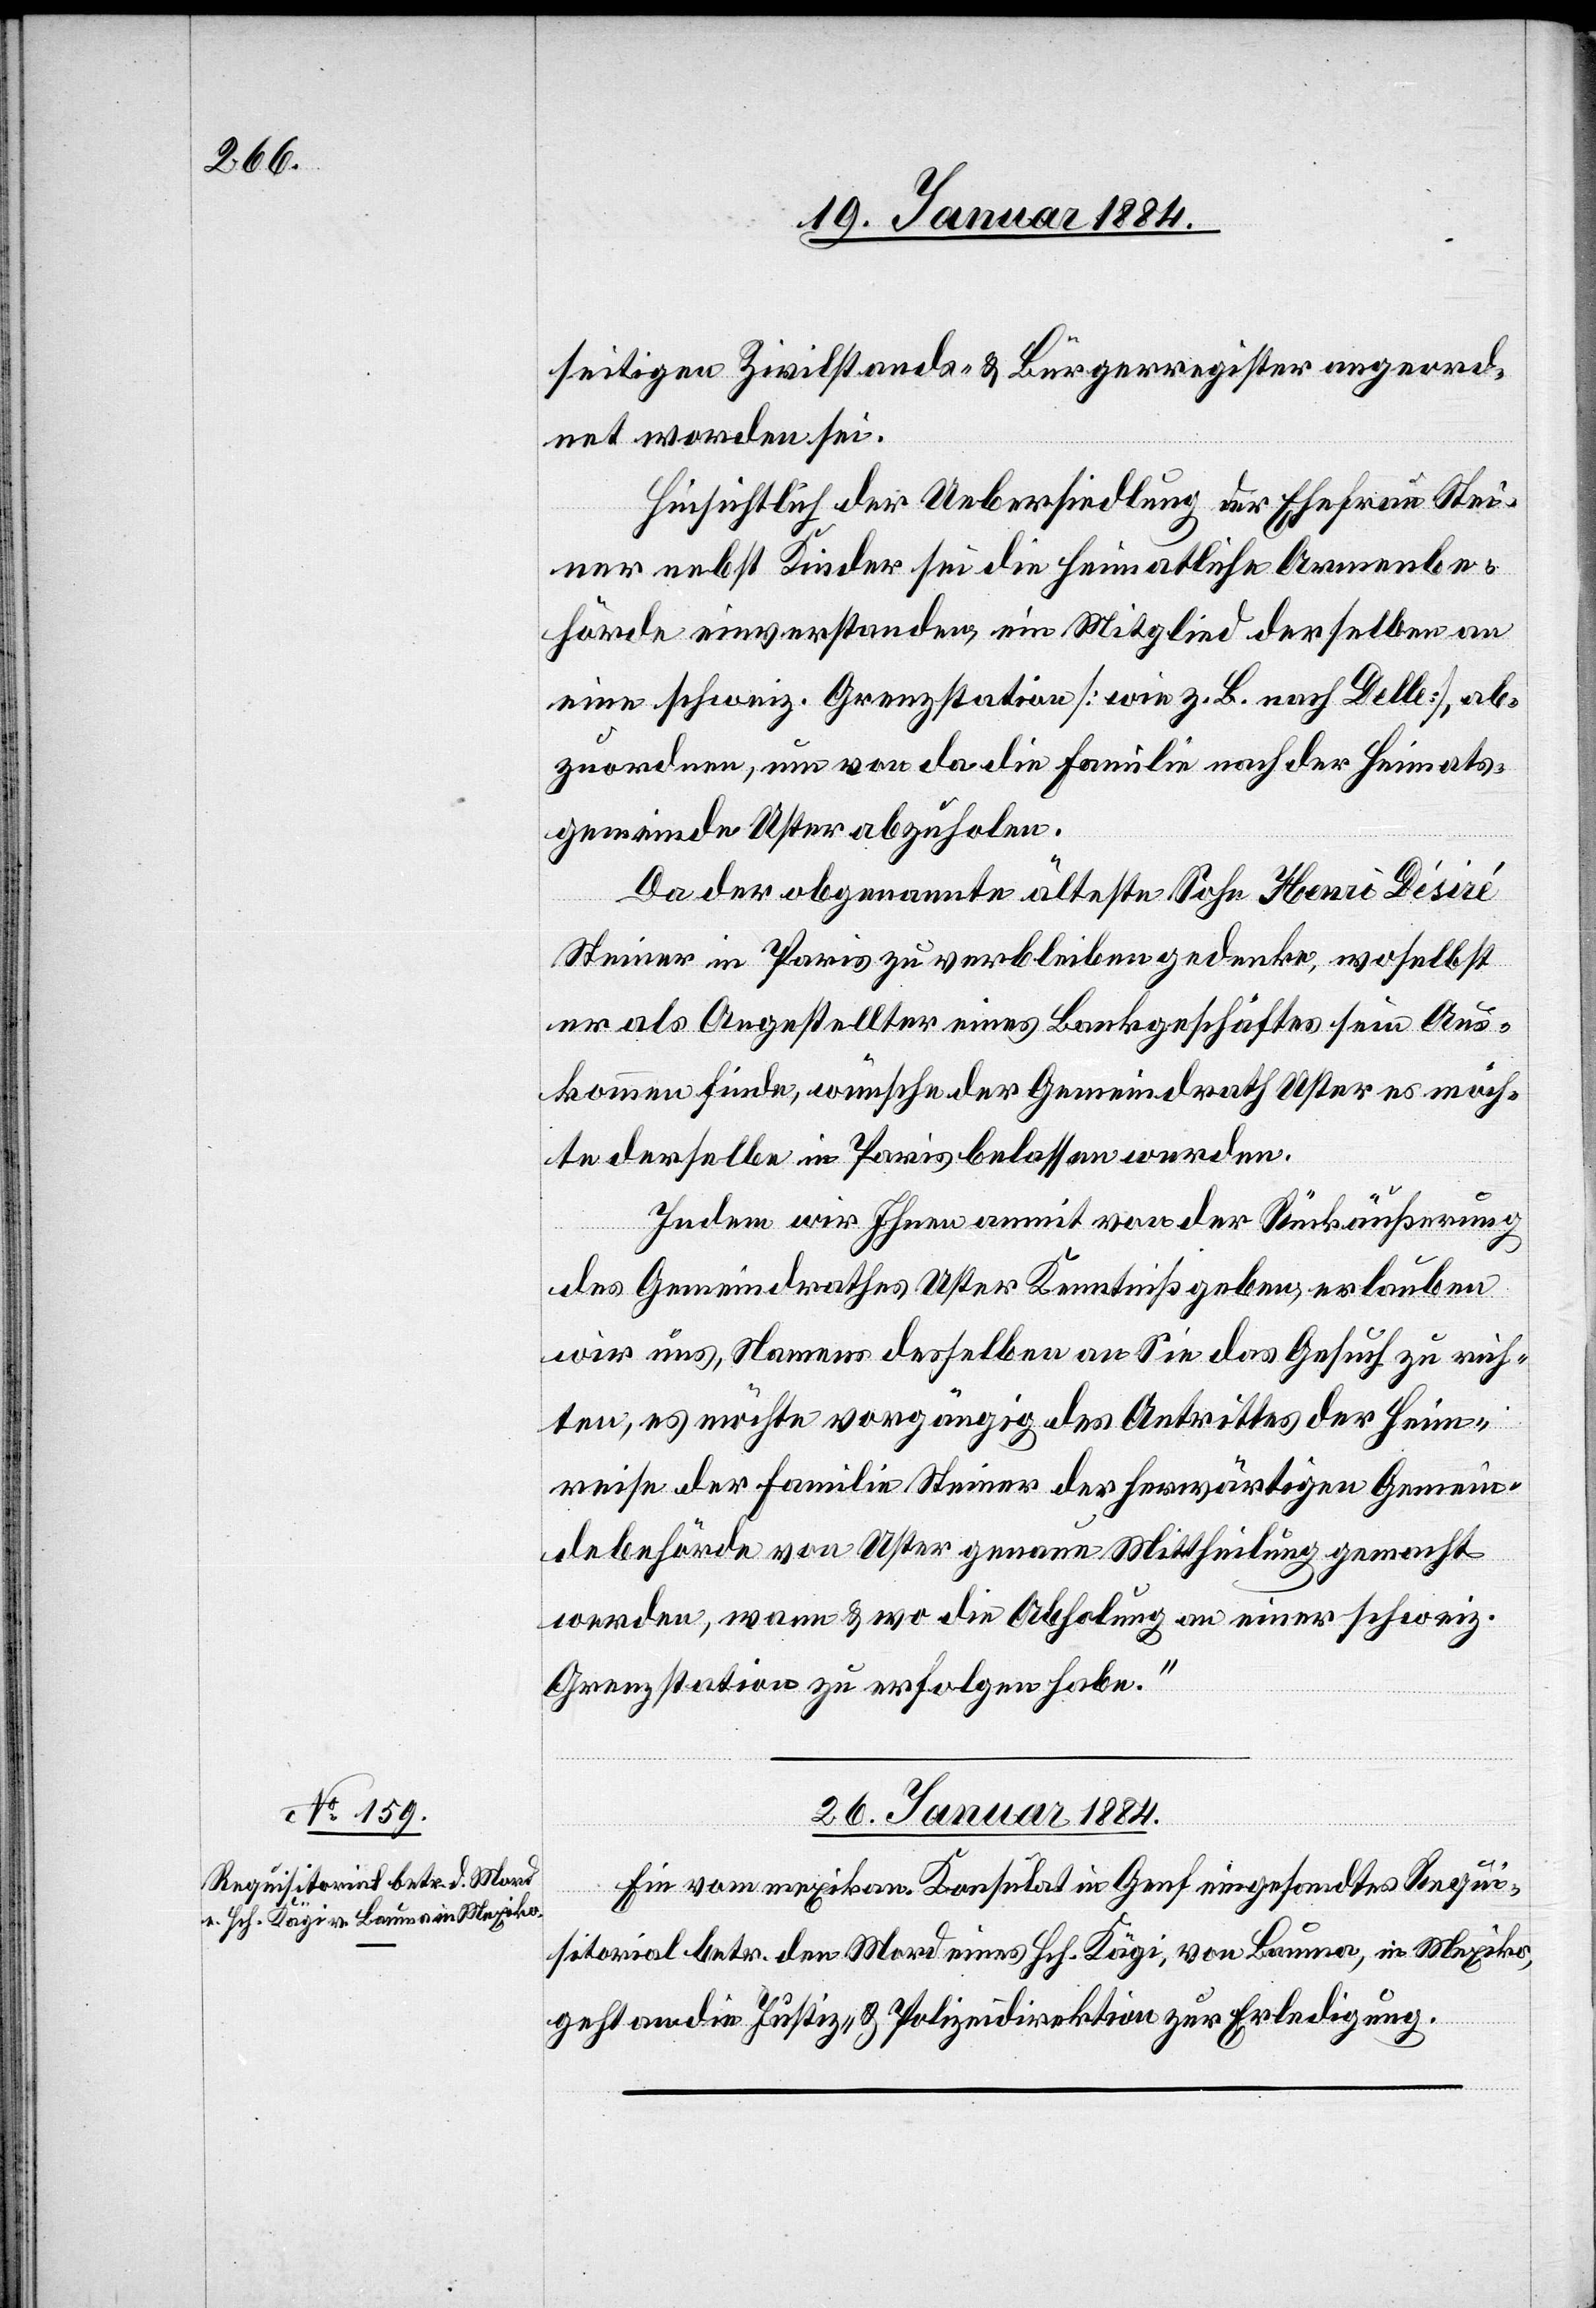
seitigen Zivilstand- & Bürgerregister angeord¬
net worden sei.
Hinsichtlich der Uebersiedlung der Ehefrau Stei¬
ner nebst Kindern sei die heimatliche Armenbe¬
hörde einverstanden, ein Mitglied derselben an
eine schweiz. Grenzstation [wie z. B. nach Delle] ab¬
zuordnen, um von da die Familie nach der Heimats¬
gemeinde Uster abzuholen.“
Da der obgenannte älteste Sohn Henri Déséré
Steiner in Paris zu verbleiben gedenke, woselbst
er als Angestellter eines Bankgeschäftes sein Aus¬
kommen finde, wünsche der Gemeindrath Uster es möch¬
te derselbe in Paris belassen werden.
Indem wir Ihnen anmit von der Rückäußerung
des Gemeindrathes Uster Kenntniß geben, erlauben
wir uns, Namens desselben an Sie das Gesuch zu rich¬
ten, es möcht vorgängig des Antrittes der Heim¬
reise der Familie Steiner der herwärtigen Gemein¬
debehörde von Uster genaue Mittheilung gemacht
werden, wann & wo die Abholung an einer schweiz.
Grenzstation zu erfolgen habe.“
26. Januar 1884.
Ein vom mexikan. Konsulat in Genf eingesandtes Requi¬
sitorial betr. den Mord eines Hch. Kägi, von Bauma, in Mexiko,
geht an die Justiz- & Polizeidirektion zur Erledigung.